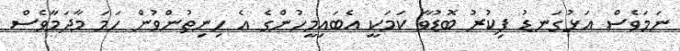
ނަމަވެސް އަޅުގަނޑު ފިކުރު ބޮޑުވާ ކަމަކީ އެބައިމީހުންގެ އެ ހިނިތުންވުން ހަމަ މާދަމާވެސް